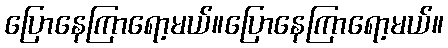
ပြောနေကြာရော့မယ်။ပြောနေကြာရော့မယ်။